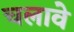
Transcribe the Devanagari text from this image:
चलावे